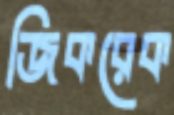
জিকরেক